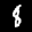
Label: 8